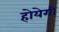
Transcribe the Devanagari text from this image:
होयेगी